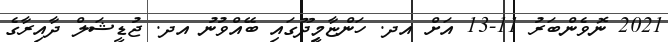
2021 ނޮވެންބަރު 11-13 އަށް އދ. ހަންޏާމީިދޫގައި ބޭއްވުނު އދ. ޖުޑީޝަލް ދާއިރާގެ